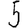
Digit: 5